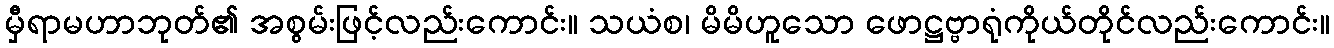
မှီရာမဟာဘုတ်၏ အစွမ်းဖြင့်လည်းကောင်း။ သယံစ၊ မိမိဟူသော ဖောဋ္ဌဗ္ဗာရုံကိုယ်တိုင်လည်းကောင်း။